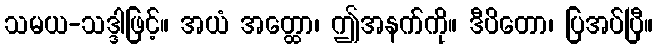
သမယ-သဒ္ဒါဖြင့်။ အယံ အတ္ထော၊ ဤအနက်ကို။ ဒီပိတော၊ ပြအပ်ပြီ။